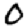
Digit: 0